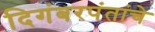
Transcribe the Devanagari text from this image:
दिगंबरपंतांचे